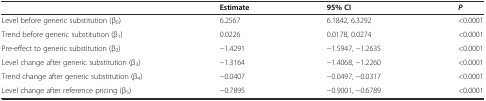
<table><thead><tr><td>[EMPTY_CELL]</td><td><b>Estimate</b></td><td><b>95% CI</b></td><td><b><i>P</i></b></td></tr></thead><tbody><tr><td>Level before generic substitution (β<sub>0</sub>)</td><td>6.2567</td><td>6.1842, 6.3292</td><td>&lt;0.0001</td></tr><tr><td>Trend before generic substitution (β<sub>1</sub>)</td><td>0.0226</td><td>0.0178, 0.0274</td><td>&lt;0.0001</td></tr><tr><td>Pre-effect to generic substitution (β<sub>2</sub>)</td><td>−1.4291</td><td>−1.5947, −1.2635</td><td>&lt;0.0001</td></tr><tr><td>Level change after generic substitution (β<sub>3</sub>)</td><td>−1.3164</td><td>−1.4068, −1.2260</td><td>&lt;0.0001</td></tr><tr><td>Trend change after generic substitution (β<sub>4</sub>)</td><td>−0.0407</td><td>−0.0497, −0.0317</td><td>&lt;0.0001</td></tr><tr><td>Level change after reference pricing (β<sub>5</sub>)</td><td>−0.7895</td><td>−0.9001, −0.6789</td><td>&lt;0.0001</td></tr></tbody></table>